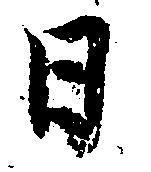
日